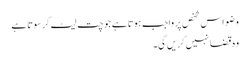
وضو اس شخص پر واجب ہوتا ہے جو چت لیٹ کر سوتا ہے
وہ قضا نہیں کریں گی۔